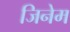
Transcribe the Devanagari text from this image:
जिनेम